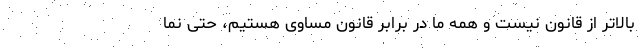
بالاتر از قانون نیست و همه ما در برابر قانون مساوی هستیم، حتی نما